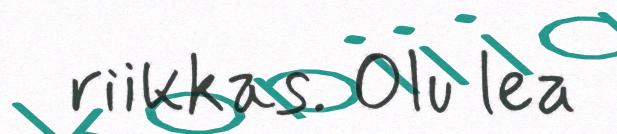
riikkas. Olu lea